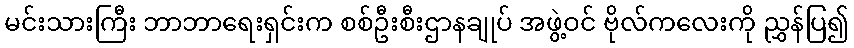
မင်းသားကြီး ဘာဘာရေးရှင်းက စစ်ဦးစီးဌာနချုပ် အဖွဲ့ဝင် ဗိုလ်ကလေးကို ညွှန်ပြ၍